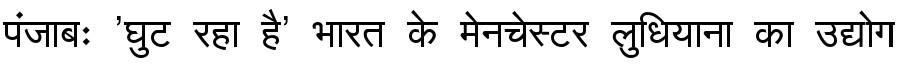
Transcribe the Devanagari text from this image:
पंजाबः 'घुट रहा है' भारत के मेनचेस्टर लुधियाना का उद्योग